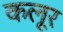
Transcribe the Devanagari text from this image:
कलूर